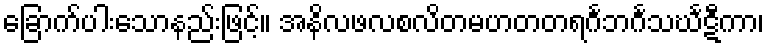
ခြောက်ပါးသောနည်းဖြင့်။ အနိလဖလစလိတမဟတတရင်္ဂဘင်္ဂသင်္ဃဋီကာ၊